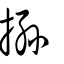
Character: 搎